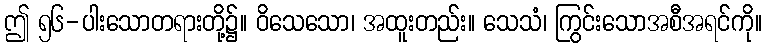
ဤ ၅၆-ပါးသောတရားတို့၌။ ဝိသေသော၊ အထူးတည်း။ သေသံ၊ ကြွင်းသောအစီအရင်ကို။